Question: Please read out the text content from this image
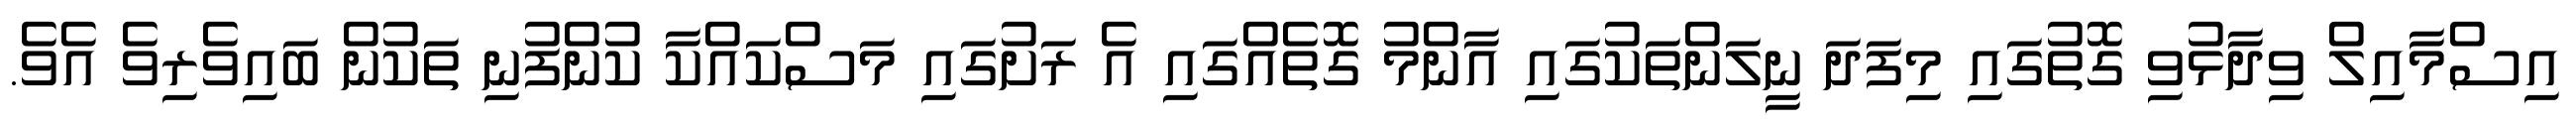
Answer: އިސްމާއިލް ވިދާޅުވި ގޮތުގައި މިފަދަ ނީލަންތަކުގައި އާންމު ގޮތެއްގައި އެ ރަށުގައި މަސްކައްކާ ކުންފުނި ތަކުން ބައިވެރިވެ އެވެ.